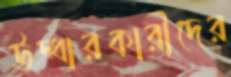
উদ্ধারকারীদের